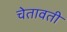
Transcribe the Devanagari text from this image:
चेतावती